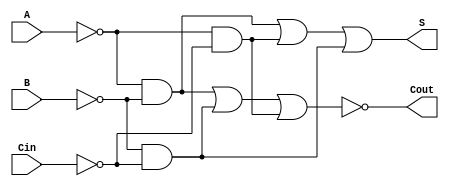
module NegativeCircuitFullAdder (
    input wire A,     // Active low first significant bit
    input wire B,     // Active low second significant bit
    input wire Cin,   // Active low carry-in bit
    output wire S,    // Active low sum output
    output wire Cout   // Active low carry-out output
);

// Internal wires for intermediate signals
wire A_inv;
wire B_inv;
wire Cin_inv;
wire sum_nand1;
wire sum_nand2;
wire carry_nand1;
wire carry_nand2;
wire carry_nand3;

// Inverting inputs to work in negative logic
assign A_inv = ~A;  // Inverted A
assign B_inv = ~B;  // Inverted B
assign Cin_inv = ~Cin; // Inverted Cin

// Sum Output (S): S = NOT(A XOR B XOR Cin)
assign sum_nand1 = (A_inv & B_inv);      // NAND for A AND B
assign sum_nand2 = (A_inv & Cin_inv);    // NAND for A AND Cin
assign sum_nand3 = (B_inv & Cin_inv);    // NAND for B AND Cin

// Calculate the actual sum using NOR gates
assign S = ~(~(sum_nand1 | sum_nand2 | sum_nand3)); // S = NOT((A AND B) OR (A AND Cin) OR (B AND Cin))

// Carry-Out (Cout): Cout = NOT(A AND B OR B AND Cin OR A AND Cin)
assign Cout = ~(A_inv & B_inv | B_inv & Cin_inv | A_inv & Cin_inv); // Cout = NOT((A AND B) OR (B AND Cin) OR (A AND Cin))

endmodule